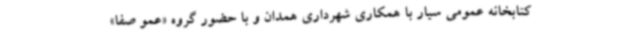
کتابخانه عمومی سیار با همکاری شهرداری همدان و با حضور گروه «عمو صفا»